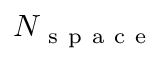
N _ { \mathrm { ~ s ~ p ~ a ~ c ~ e ~ } }